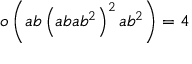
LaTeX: o \left( a b \left( a b a b ^ { 2 } \right) ^ { 2 } a b ^ { 2 } \right) = 4